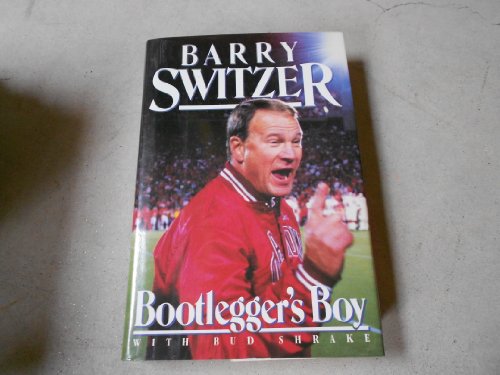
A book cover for The Bootlegger's Boy; Barry Switzer; Biographies & Memoirs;